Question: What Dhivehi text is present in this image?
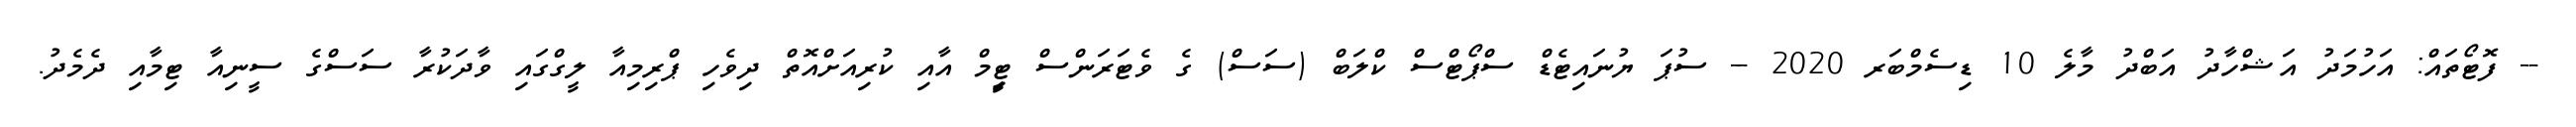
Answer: -- ފޮޓޯތައް: އަހުމަދު އަޝްހާދު އަބްދު މާލެ 10 ޑިސެމްބަރ 2020 -- ސުޕަ ޔުނައިޓެޑް ސްޕޯޓްސް ކްލަބް (ސަސް) ގެ ވެޓަރަންސް ޓިީމް އާއި ކުރިއަށްއޮތް ދިވެހި ޕްރިމިއާ ލީގްގައި ވާދަކުރާ ސަސްގެ ސީނިއާ ޓިމާއި ދެމެދު.